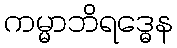
ကမ္မာဘိရဒ္ဓေန